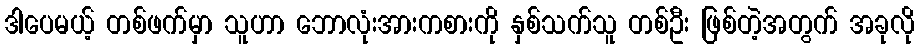
ဒါပေမယ့် တစ်ဖက်မှာ သူဟာ ဘောလုံးအားကစားကို နှစ်သက်သူ တစ်ဦး ဖြစ်တဲ့အတွက် အခုလို